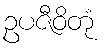
ဥပဇီဝိတုံ